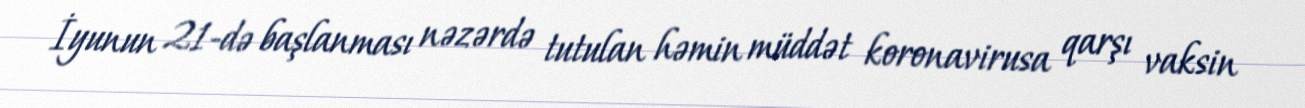
İyunun 21-də başlanması nəzərdə tutulan həmin müddət koronavirusa qarşı vaksin